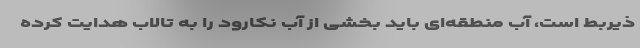
ذیربط است، آب منطقه‌ای باید بخشی از آب نکارود را به تالاب هدایت کرده